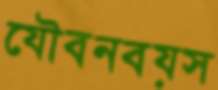
যৌবনবয়স